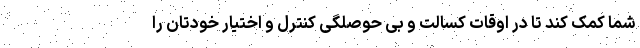
شما کمک کند تا در اوقات کسالت و بی حوصلگی کنترل و اختیار خودتان را